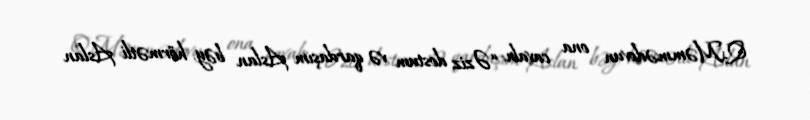
Q.Məmmədovun ona cavabı: “Əziz dostum və qardaşım Aslan bəy, hörmətli Aslan